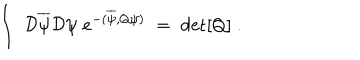
\int \; { \cal D } \overline { { { \psi } } } { \cal D } \psi \; e ^ { - ( \overline { { { \psi } } } , Q \psi ) } \; = \; \mathrm { d e t } [ Q ] \; .